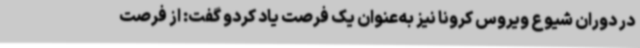
در دوران شیوع ویروس کرونا نیز به‌عنوان یک فرصت یاد کردو گفت: از فرصت